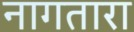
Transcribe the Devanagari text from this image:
नागतारा